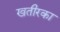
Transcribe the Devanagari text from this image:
खतीरका